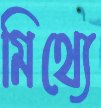
মিথ্যে